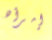
إمرأه